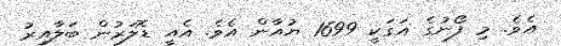
އެވެ. މި ފޯނުގެ އަގަކީ 1699 ޔުއާން އެވެ. އެއީ ޑޮލަރުން ބަލާއިރު